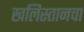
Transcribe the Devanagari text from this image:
खलिस्तानचा